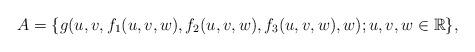
LaTeX: \begin{align*} A =\{g(u,v,f_1(u,v,w),f_2(u,v,w) , f_3(u,v,w), w); u,v,w \in \mathbb R \}, \end{align*}